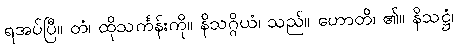
ရအပ်ပြီ။ တံ၊ ထိုသင်္ကန်းကို။ နိသဂ္ဂိယံ၊ သည်။ ဟောတိ၊ ၏။ နိသဋ္ဌံ၊